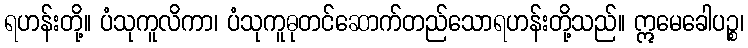
ရဟန်းတို့။ ပံသုကူလိကာ၊ ပံသုကူဓုတင်ဆောက်တည်သောရဟန်းတို့သည်။ ဣမေခေါပဉ္စ၊